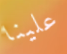
علينا